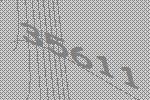
35611